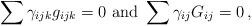
LaTeX: \begin{align*}\sum \gamma_{ijk}g_{ijk}=0\textrm{ and }\sum \gamma _{ij}G_{ij}=0\, , \end{align*}